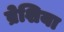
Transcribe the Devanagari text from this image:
ब्रेशिया